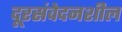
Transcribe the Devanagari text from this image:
दूरसंवेदनशील